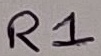
Text: R1